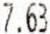
7.63